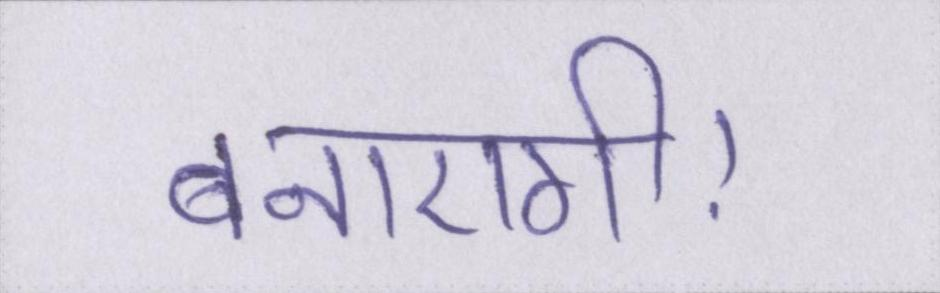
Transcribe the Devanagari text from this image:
बनाएगी।